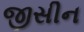
જીસીન